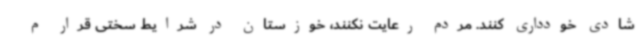
شادی خودداری کنند. مردم رعایت نکنند، خوزستان در شرایط سختی قرار م